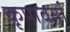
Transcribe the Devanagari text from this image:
कृपावर्या